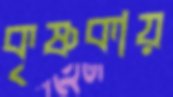
কৃষ্ণকায়